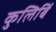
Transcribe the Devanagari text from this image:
कुलिबिं